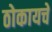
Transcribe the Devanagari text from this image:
ठोकायचे